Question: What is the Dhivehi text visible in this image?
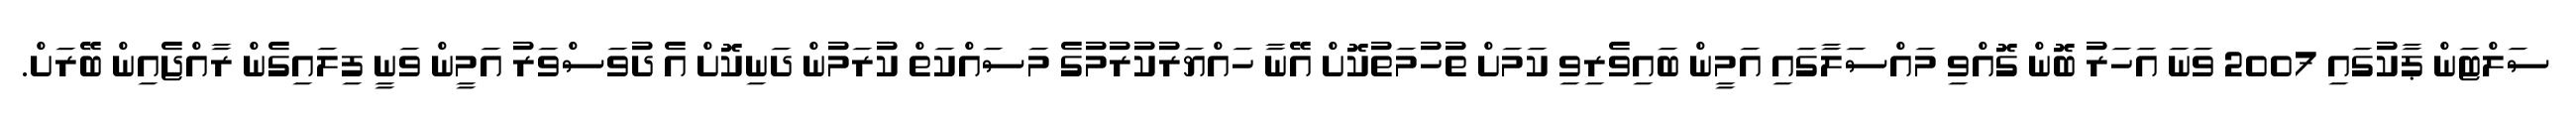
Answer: ސަލްޓަން ޕާކުގައި 2007 ވަނަ އަހަރު ބޮން ގޮއްވި މައްސަލާގައި އަމީން ބައިވެރިވި ކަމަށް ތުހުމަތުކޮށް އޭނާ ހައްޔަރުކުރުމުގެ މަސައްކަތް ކުރަމުން ދަނިކޮށް އެ ދުވަސްވަރު އަމީން ވަނީ ފިލައިގެން ރާއްޖެއިން ބޭރަށް.